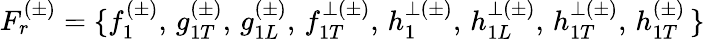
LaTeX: F_{r}^{(\pm)}=\{ f_{1}^{(\pm)},\, g_{1T}^{(\pm)},\, g_{1L}^{(\pm)},\, f_{1T}^{\perp(\pm)},\, h_{1}^{\perp(\pm)},\, h_{1L}^{\perp(\pm)},\, h_{1T}^{\perp(\pm)},\, h_{1T}^{(\pm)}\, \}